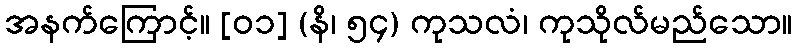
အနက်ကြောင့်။ [၀၁] (နိ၊ ၅၄) ကုသလံ၊ ကုသိုလ်မည်သော။